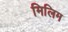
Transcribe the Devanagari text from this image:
मिलिम